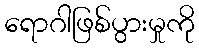
ရောဂါဖြစ်ပွားမှုကို